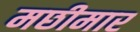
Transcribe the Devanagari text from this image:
मछीमार